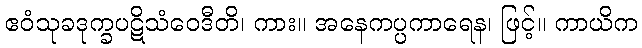
ဧဝံသုခဒုက္ခပဋိသံဝေဒီတိ၊ ကား။ အနေကပ္ပကာရေန၊ ဖြင့်။ ကာယိက